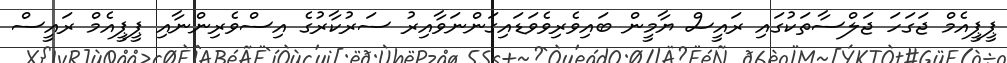
ޕީޕީއެމް ޖަގަހަ ޖަލްސާތަކުގައި ރައީސް ޔާމީން ބައިވެރިވެވަޑައިގަންނަވާއިރު ސަރުކާރުގެ އިސްވެރިންނާއި ޕީޕީއެމް ރައީސް